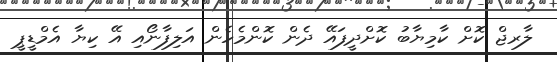
ލާރޖް ކޮށް ކާމިޔާބު ކޮށްދީފައޭ ދެން ކޮންމެހެން އަލިފާނޯއި އޭ ކިޔާ އެމްޑީޕީ